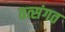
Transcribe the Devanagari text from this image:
तत्संगत